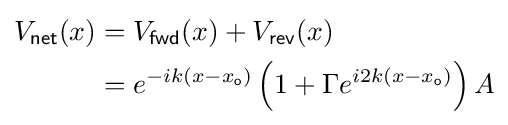
{\begin{aligned}V_{\mathsf {net}}(x)&=V_{\mathsf {fwd}}(x)+V_{\mathsf {rev}}(x)\\&=e^{-ik(x-x_{\mathsf {o}})}\left(1+\Gamma e^{i2k(x-x_{\mathsf {o}})}\right)A\end{aligned}}